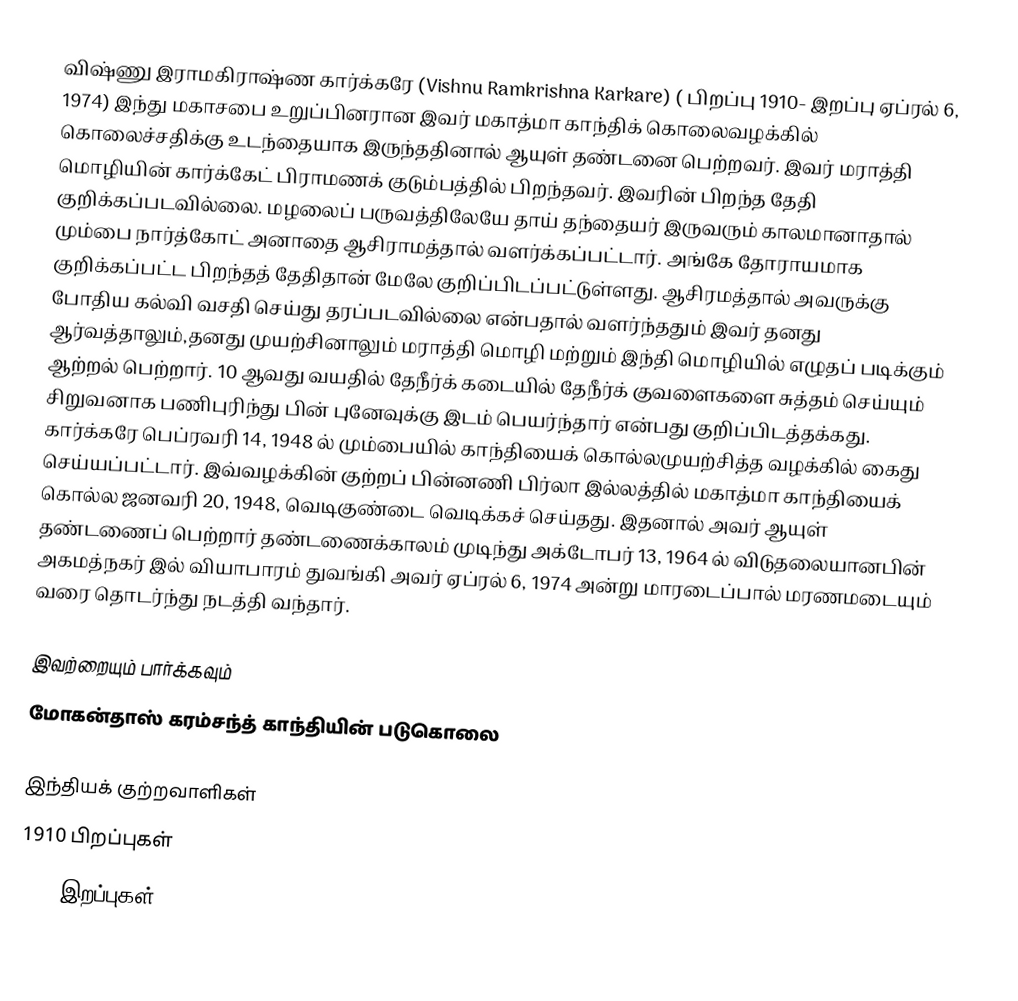
விஷ்ணு இராமகிராஷ்ண கார்க்கரே (Vishnu Ramkrishna Karkare) ( பிறப்பு 1910- இறப்பு ஏப்ரல் 6, 1974) இந்து மகாசபை உறுப்பினரான இவர் மகாத்மா காந்திக் கொலைவழக்கில் கொலைச்சதிக்கு உடந்தையாக இருந்ததினால் ஆயுள் தண்டனை பெற்றவர். இவர் மராத்தி மொழியின் கார்க்கேட் பிராமணக் குடும்பத்தில் பிறந்தவர். இவரின் பிறந்த தேதி குறிக்கப்படவில்லை. மழலைப் பருவத்திலேயே தாய் தந்தையர் இருவரும் காலமானாதால்  மும்பை நார்த்கோட் அனாதை ஆசிராமத்தால் வளர்க்கப்பட்டார். அங்கே தோராயமாக குறிக்கப்பட்ட பிறந்தத் தேதிதான் மேலே குறிப்பிடப்பட்டுள்ளது. ஆசிரமத்தால் அவருக்கு போதிய கல்வி வசதி செய்து தரப்படவில்லை என்பதால் வளர்ந்ததும் இவர் தனது ஆர்வத்தாலும்,தனது  முயற்சினாலும் மராத்தி மொழி மற்றும் இந்தி மொழியில் எழுதப் படிக்கும் ஆற்றல் பெற்றார். 10 ஆவது வயதில் தேநீர்க் கடையில் தேநீர்க் குவளைகளை சுத்தம் செய்யும் சிறுவனாக பணிபுரிந்து பின் புனேவுக்கு இடம் பெயர்ந்தார் என்பது குறிப்பிடத்தக்கது. கார்க்கரே   பெப்ரவரி 14, 1948 ல் மும்பையில் காந்தியைக் கொல்லமுயற்சித்த வழக்கில் கைது செய்யப்பட்டார். இவ்வழக்கின் குற்றப்  பின்னணி பிர்லா இல்லத்தில் மகாத்மா காந்தியைக் கொல்ல ஜனவரி 20, 1948, வெடிகுண்டை வெடிக்கச் செய்தது. இதனால் அவர் ஆயுள் தண்டணைப் பெற்றார் தண்டணைக்காலம் முடிந்து அக்டோபர் 13, 1964 ல் விடுதலையானபின்   அகமத்நகர் இல் வியாபாரம் துவங்கி அவர் ஏப்ரல் 6, 1974 அன்று மாரடைப்பால் மரணமடையும் வரை தொடர்ந்து நடத்தி வந்தார்.

இவற்றையும் பார்க்கவும்
 மோகன்தாஸ் கரம்சந்த் காந்தியின் படுகொலை

இந்தியக் குற்றவாளிகள்
1910 பிறப்புகள்
1974 இறப்புகள்